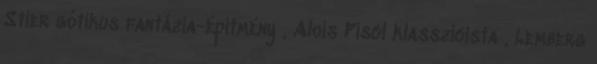
Stier gótikus fantázia-építmény , Alois Piscl klasszicista , Lemberg